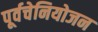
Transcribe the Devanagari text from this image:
पूर्वचेनियोजन